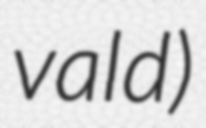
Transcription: vald)